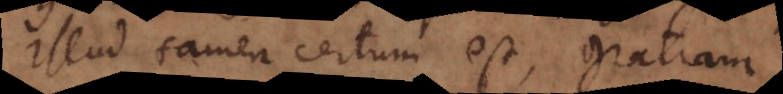
Illud tamen certum est, gratiam